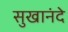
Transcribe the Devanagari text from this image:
सुखानंदे